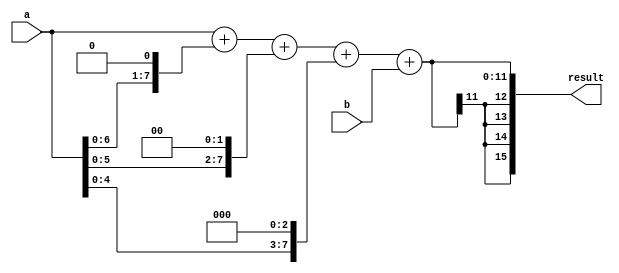
module BoothMultiplier(
  input signed [7:0] a,
  input signed [7:0] b,
  output reg signed [15:0] result
);

  reg signed [7:0] partial_product [3:0];
  reg signed [15:0] final_product;

  always @(*)
  begin
    // Generate partial products using Booth algorithm
    // Stage 1
    partial_product[0] = a;
    
    // Stage 2
    partial_product[1] = a << 1;
    
    // Stage 3
    partial_product[2] = a << 2;
    
    // Stage 4
    partial_product[3] = a << 3;
  end
  
  // Accumulate partial products to generate final result
  always @(*)
  begin
    // Accumulate partial products using Wallace tree adder
    result = partial_product[0] + partial_product[1] + partial_product[2] + partial_product[3] + b;
  end

endmodule